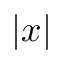
| x |